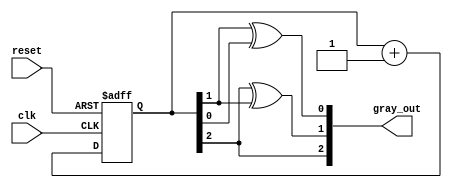
module gray_code_async_counter (
    input wire clk,           // Clock signal
    input wire reset,         // Asynchronous reset
    output reg [2:0] gray_out // 3-bit Gray code output
);

// Function to convert binary to Gray code
function [2:0] binary_to_gray;
    input [2:0] binary;
    begin
        binary_to_gray = {binary[2], binary[2] ^ binary[1], binary[1] ^ binary[0]};
    end
endfunction

// State variable to hold binary count
reg [2:0] binary_count;

// Asynchronous reset and counter logic
always @(posedge clk or posedge reset) begin
    if (reset) begin
        binary_count <= 3'b000; // Reset to 0
    end else begin
        binary_count <= binary_count + 1; // Increment binary count
    end
end

// Update Gray code output based on binary count
always @(*) begin
    gray_out = binary_to_gray(binary_count);
end

endmodule